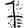
Digit: 7